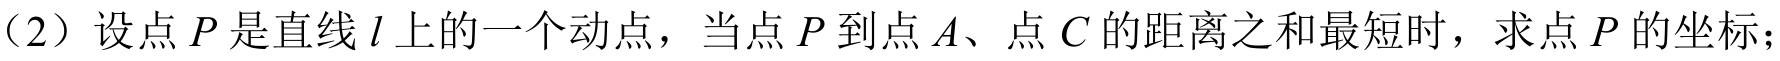
(2) 设点 \(P\) 是直线 \(l\) 上的一个动点，当点 \(P\) 到点 \(A\)、点 \(C\) 的距离之和最短时，求点 \(P\) 的坐标；